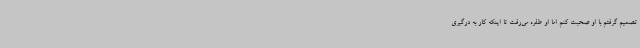
تصمیم گرفتم با او صحبت کنم اما او طفره می‌رفت تا اینکه کار به درگیری